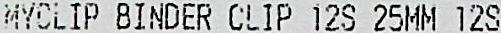
MYCLIP BINDER CLIP 12S 25MM 12S